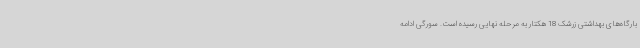
بارگاه‌های بهداشتی زرشک 18 هکتار به مرحله نهایی رسیده است. سورگی ادامه